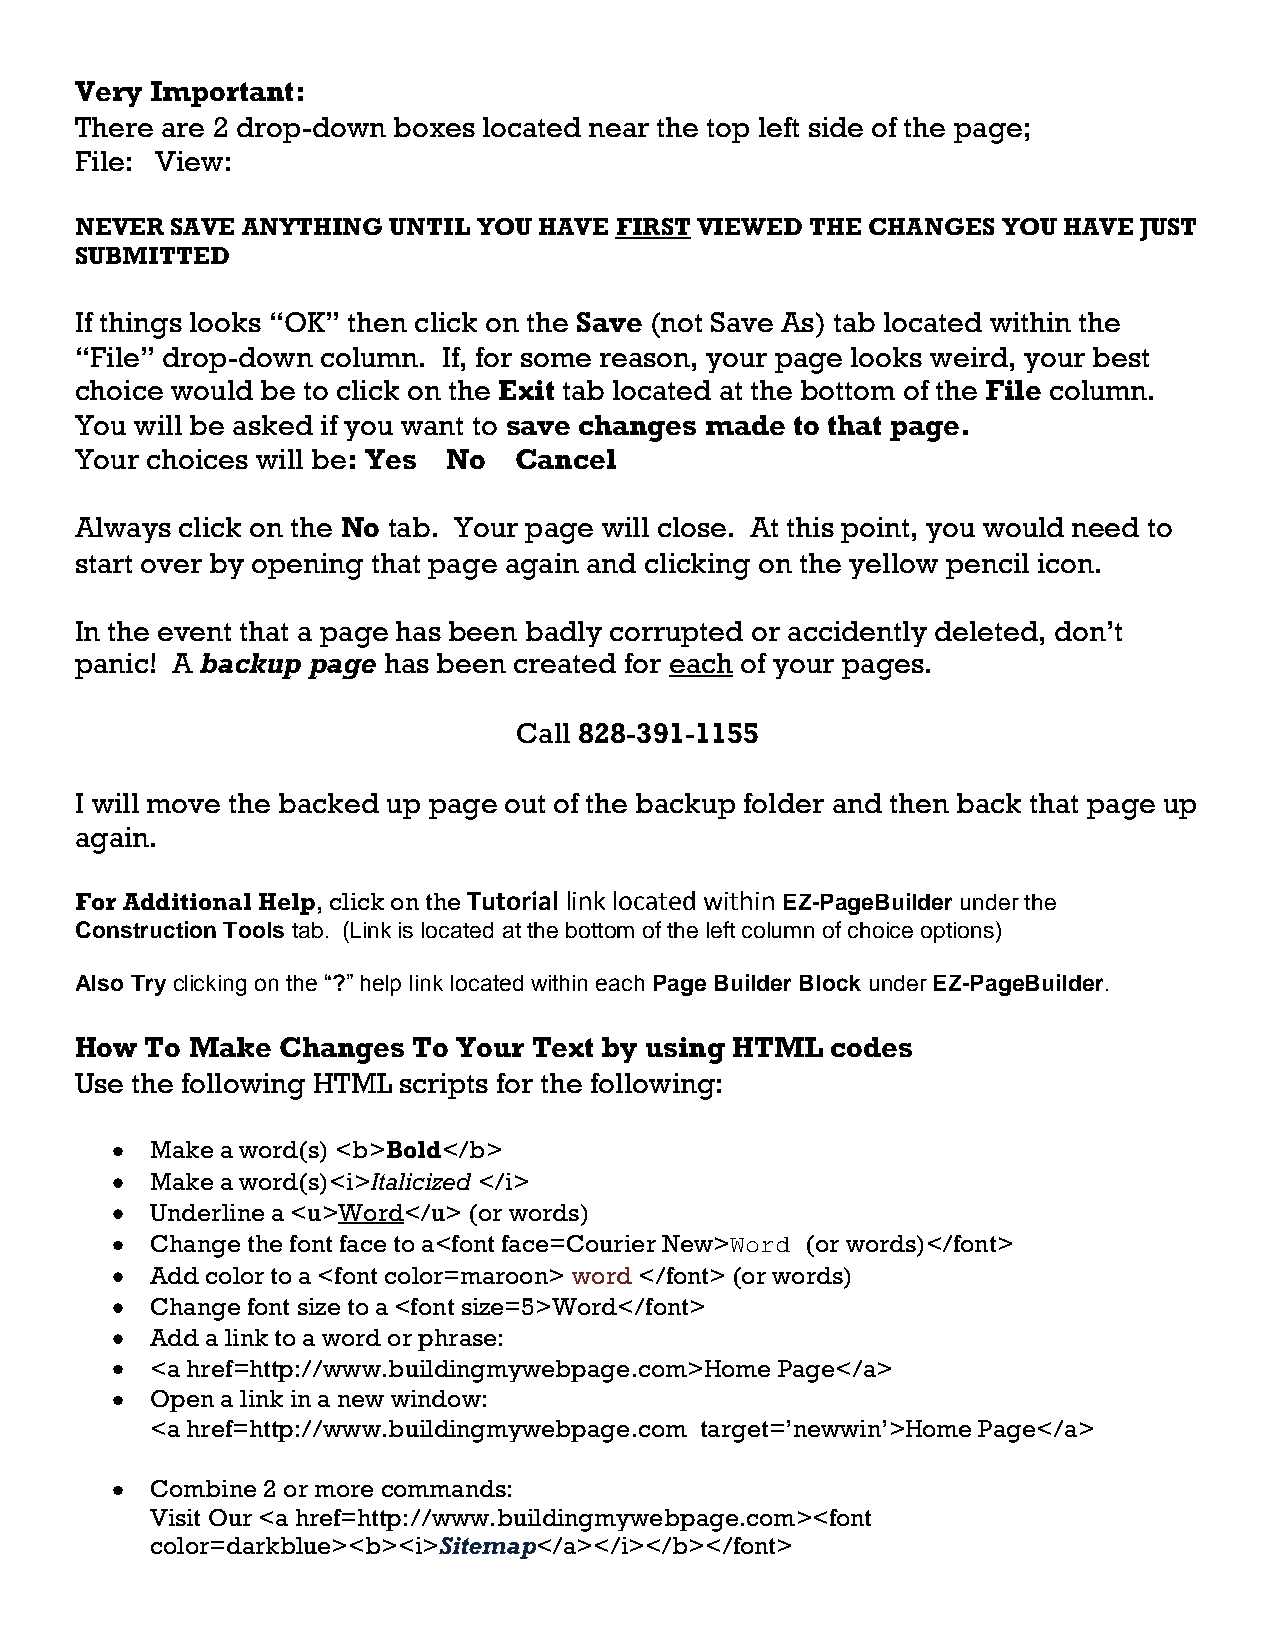
Very Important:
 There are 2 drop-down boxes located near the top left side of the page;
 File: View:
 NEVER SAVE ANYTHING  UNTIL YOU HAVE FIRST VIEWED THE CHANGES YOU HAVE JUST
 SUBMITTED
 If things looks “OK” then click on the Save (not Save As) tab located within the
 “File” drop-down column. If, for some reason, your page looks weird, your best
 choice would be to click on the Exit tab located at the bottom of the File column.
 You will be asked if you want to save changes made to that page.
 Your choices will be: Yes No Cancel
 Always click on the No tab. Your page will close. At this point, you would need to
 start over by opening that page again and clicking on the yellow pencil icon.
 In the event that a page has been badly corrupted or accidently deleted, don’t
 panic! A backup page has been created for each of your pages.
 Call 828-391-1155
 I will move the backed up page out of the backup folder and then back that page up
 again.
 For Additional Help, click on the Tutorial link located within EZ-PageBuilder under the
 Construction Tools tab. (Link is located at the bottom of the left column of choice options)
 Also Try clicking on the “?” help link located within each Page Builder Block under EZ-PageBuilder.
 How  To Make Changes  To Your Text by using HTML  codes
 Use the following HTML scripts for the following:
 Make a word(s) <b>Bold</b>
 Make a word(s)<i>Italicized </i>
 Underline a <u>Word</u> (or words)
 Change the font face to a<font face=Courier New>Word (or words)</font>
 Add color to a <font color=maroon> word </font> (or words)
 Change font size to a <font size=5>Word</font>
 Add a link to a word or phrase:
 <a href=http://www.buildingmywebpage.com>Home Page</a>
 Open a link in a new window:
 <a href=http://www.buildingmywebpage.com target=’newwin’>Home Page</a>
 Combine 2 or more commands:
 Visit Our <a href=http://www.buildingmywebpage.com><font
 color=darkblue><b><i>Sitemap</a></i></b></font>